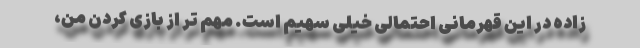
زاده در این قهرمانی احتمالی خیلی سهیم است. مهم تر از بازی کردن من،